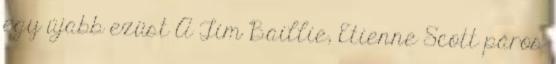
egy újabb ezüst A Tim Baillie, Etienne Scott páros